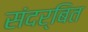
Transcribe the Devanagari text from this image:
संदर्बित